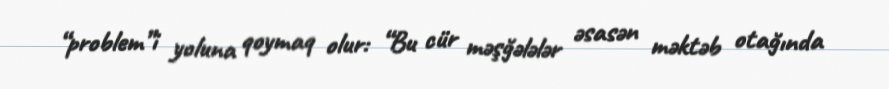
“problem”i yoluna qoymaq olur: “Bu cür məşğələlər əsasən məktəb otağında